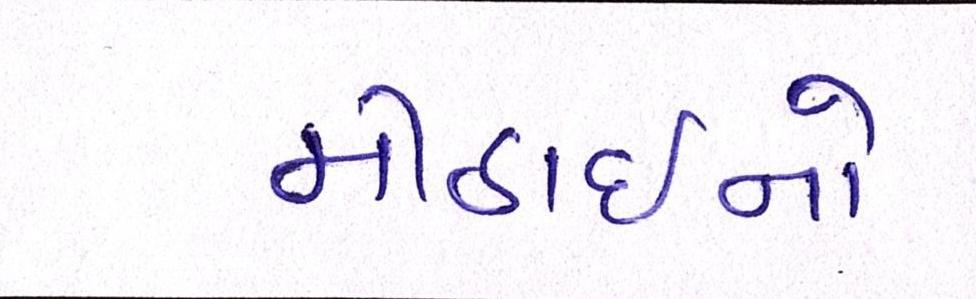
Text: મીઠાઈનો